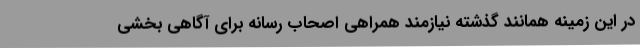
در این زمینه همانند گذشته نیازمند همراهی اصحاب رسانه برای آگاهی بخشی